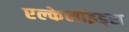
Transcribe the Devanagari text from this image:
एल्केलॉइड्स